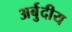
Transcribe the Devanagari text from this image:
अर्बुदीय